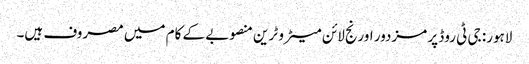
لاہور: جی ٹی روڈ پر مزدور اورنج لائن میٹرو ٹرین منصوبے کے کام میں مصروف ہیں۔